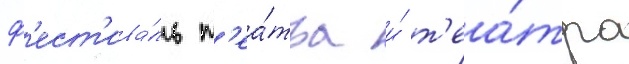
ф'ест'ива́ль т'еа́тра и́ т'еа́тра